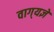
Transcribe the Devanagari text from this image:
वाग्‌यज्ञे